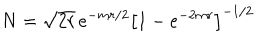
N = \sqrt { 2 r } \, e ^ { - m r / 2 } \left[ 1 - e ^ { - 2 m r } \right] ^ { - 1 / 2 }